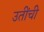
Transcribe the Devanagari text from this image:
उतींची